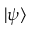
| \psi \rangle